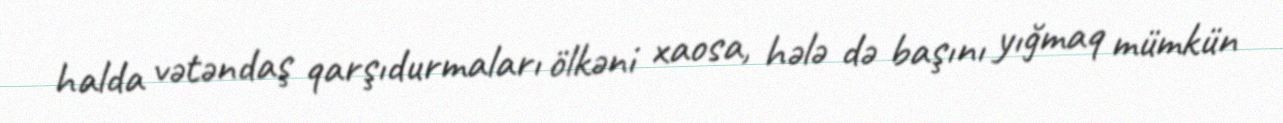
halda vətəndaş qarşıdurmaları ölkəni xaosa, hələ də başını yığmaq mümkün